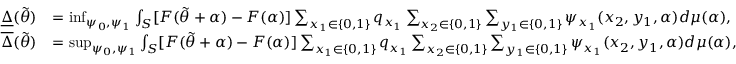
\begin{array} { r l } { \underline { { \Delta } } ( \widetilde { \theta } ) } & { = \operatorname* { i n f } _ { \psi _ { 0 } , \psi _ { 1 } } \int _ { { \cal { S } } } [ F ( \widetilde { \theta } + \alpha ) - F ( \alpha ) ] \sum _ { x _ { 1 } \in \{ 0 , 1 \} } q _ { x _ { 1 } } \sum _ { x _ { 2 } \in \{ 0 , 1 \} } \sum _ { y _ { 1 } \in \{ 0 , 1 \} } \psi _ { x _ { 1 } } ( x _ { 2 } , y _ { 1 } , \alpha ) d \mu ( \alpha ) , } \\ { \overline { { \Delta } } ( \widetilde { \theta } ) } & { = \operatorname* { s u p } _ { \psi _ { 0 } , \psi _ { 1 } } \int _ { { \cal { S } } } [ F ( \widetilde { \theta } + \alpha ) - F ( \alpha ) ] \sum _ { x _ { 1 } \in \{ 0 , 1 \} } q _ { x _ { 1 } } \sum _ { x _ { 2 } \in \{ 0 , 1 \} } \sum _ { y _ { 1 } \in \{ 0 , 1 \} } \psi _ { x _ { 1 } } ( x _ { 2 } , y _ { 1 } , \alpha ) d \mu ( \alpha ) , } \end{array}